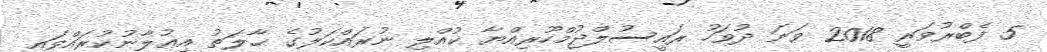
5 ފެބްރުވަރީ 2018 ވަނަ ދުވަހު ރައީސުލްޖުމްހޫރިއްޔާ ކުއްލި ނުރައްކަލުގެ ޙާލަތު އިޢުލާނުކުރައްވައި